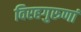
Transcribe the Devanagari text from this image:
विरहगुरुणां